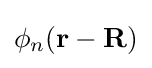
\phi _{n}(\mathbf {r} -\mathbf {R} )